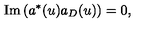
\mathrm { I m } \left( a ^ { * } ( u ) a _ { D } ( u ) \right) = 0 ,